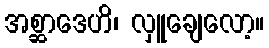
အစ္ဆာဒေဟိ၊ လှူချေလော့။